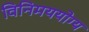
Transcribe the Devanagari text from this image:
विनिमययोग्य